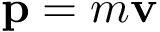
\mathbf { p } = m \mathbf { v }